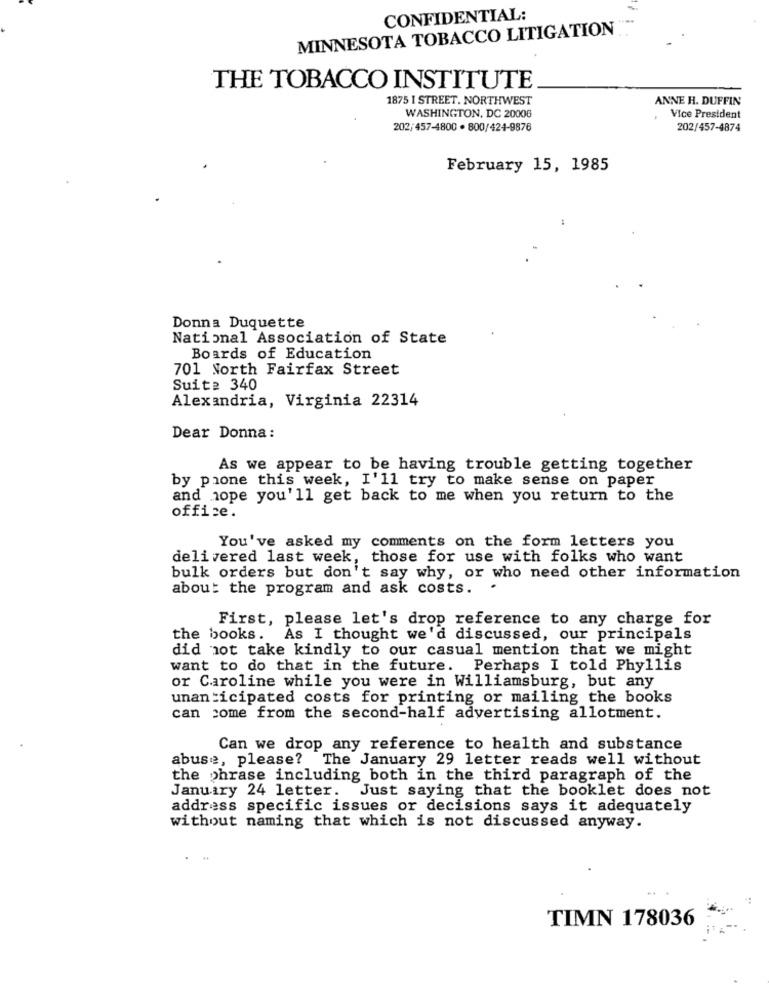
CONFIDENTIAL:
MINNESOTA TOBACCO LITIGATION
THE TOBACCO INSTITUTE
1875 I STREET. NORTHWEST
ANNE H. DUFFIN
WASHINGTON, DC 20006
Vice President
202/457-4800 · 800/424-9876
202/457-4874
February 15, 1985
Donna Duquette
National Association of State
Boards of Education
701 North Fairfax Street
Suite 340
Alexandria, Virginia 22314
Dear Donna:
As we appear to be having trouble getting together
by phone this week, I'll try to make sense on paper
and hope you'll get back to me when you return to the
office.
You've asked my comments on the form letters you
delivered last week, those for use with folks who want
bulk orders but don't say why, or who need other information
about the program and ask costs.
First, please let's drop reference to any charge for
the books. As I thought we'd discussed, our principals
did not take kindly to our casual mention that we might
want to do that in the future. Perhaps I told Phyllis
or Caroline while you were in Williamsburg, but any
unanticipated costs for printing or mailing the books
can come from the second-half advertising allotment.
Can we drop any reference to health and substance
abuse, please? The January 29 letter reads well without
the phrase including both in the third paragraph of the
January 24 letter. Just saying that the booklet does not
address specific issues or decisions says it adequately
without naming that which is not discussed anyway.
TIMN 178036